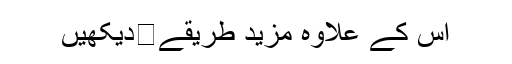
اس کے علاوہ مزید طریقے�دیکھیں